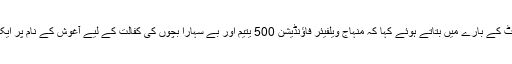
انہوں نے آغوش پراجیکٹ کے بارے میں بتاتے ہوئے کہا کہ منہاج ویلفیئر فاؤنڈیشن 500 یتیم اور بے سہارا بچوں کی کفالت کے لیے آغوش کے نام پر ایک ادارہ قائم کر رہی ہے۔